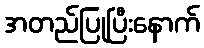
အတည်ပြုပြီးနောက်